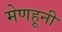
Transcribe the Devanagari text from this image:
मेणहूनी